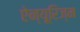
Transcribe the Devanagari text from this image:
ऐन्यूरिज्म